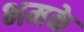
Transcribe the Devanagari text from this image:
भमके